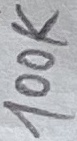
Text: 100K